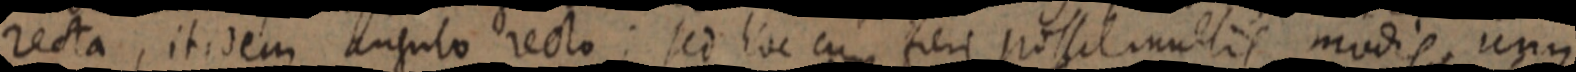
recta, itidem angulo recto; sed hoc cum fieri possit multis modis, unus